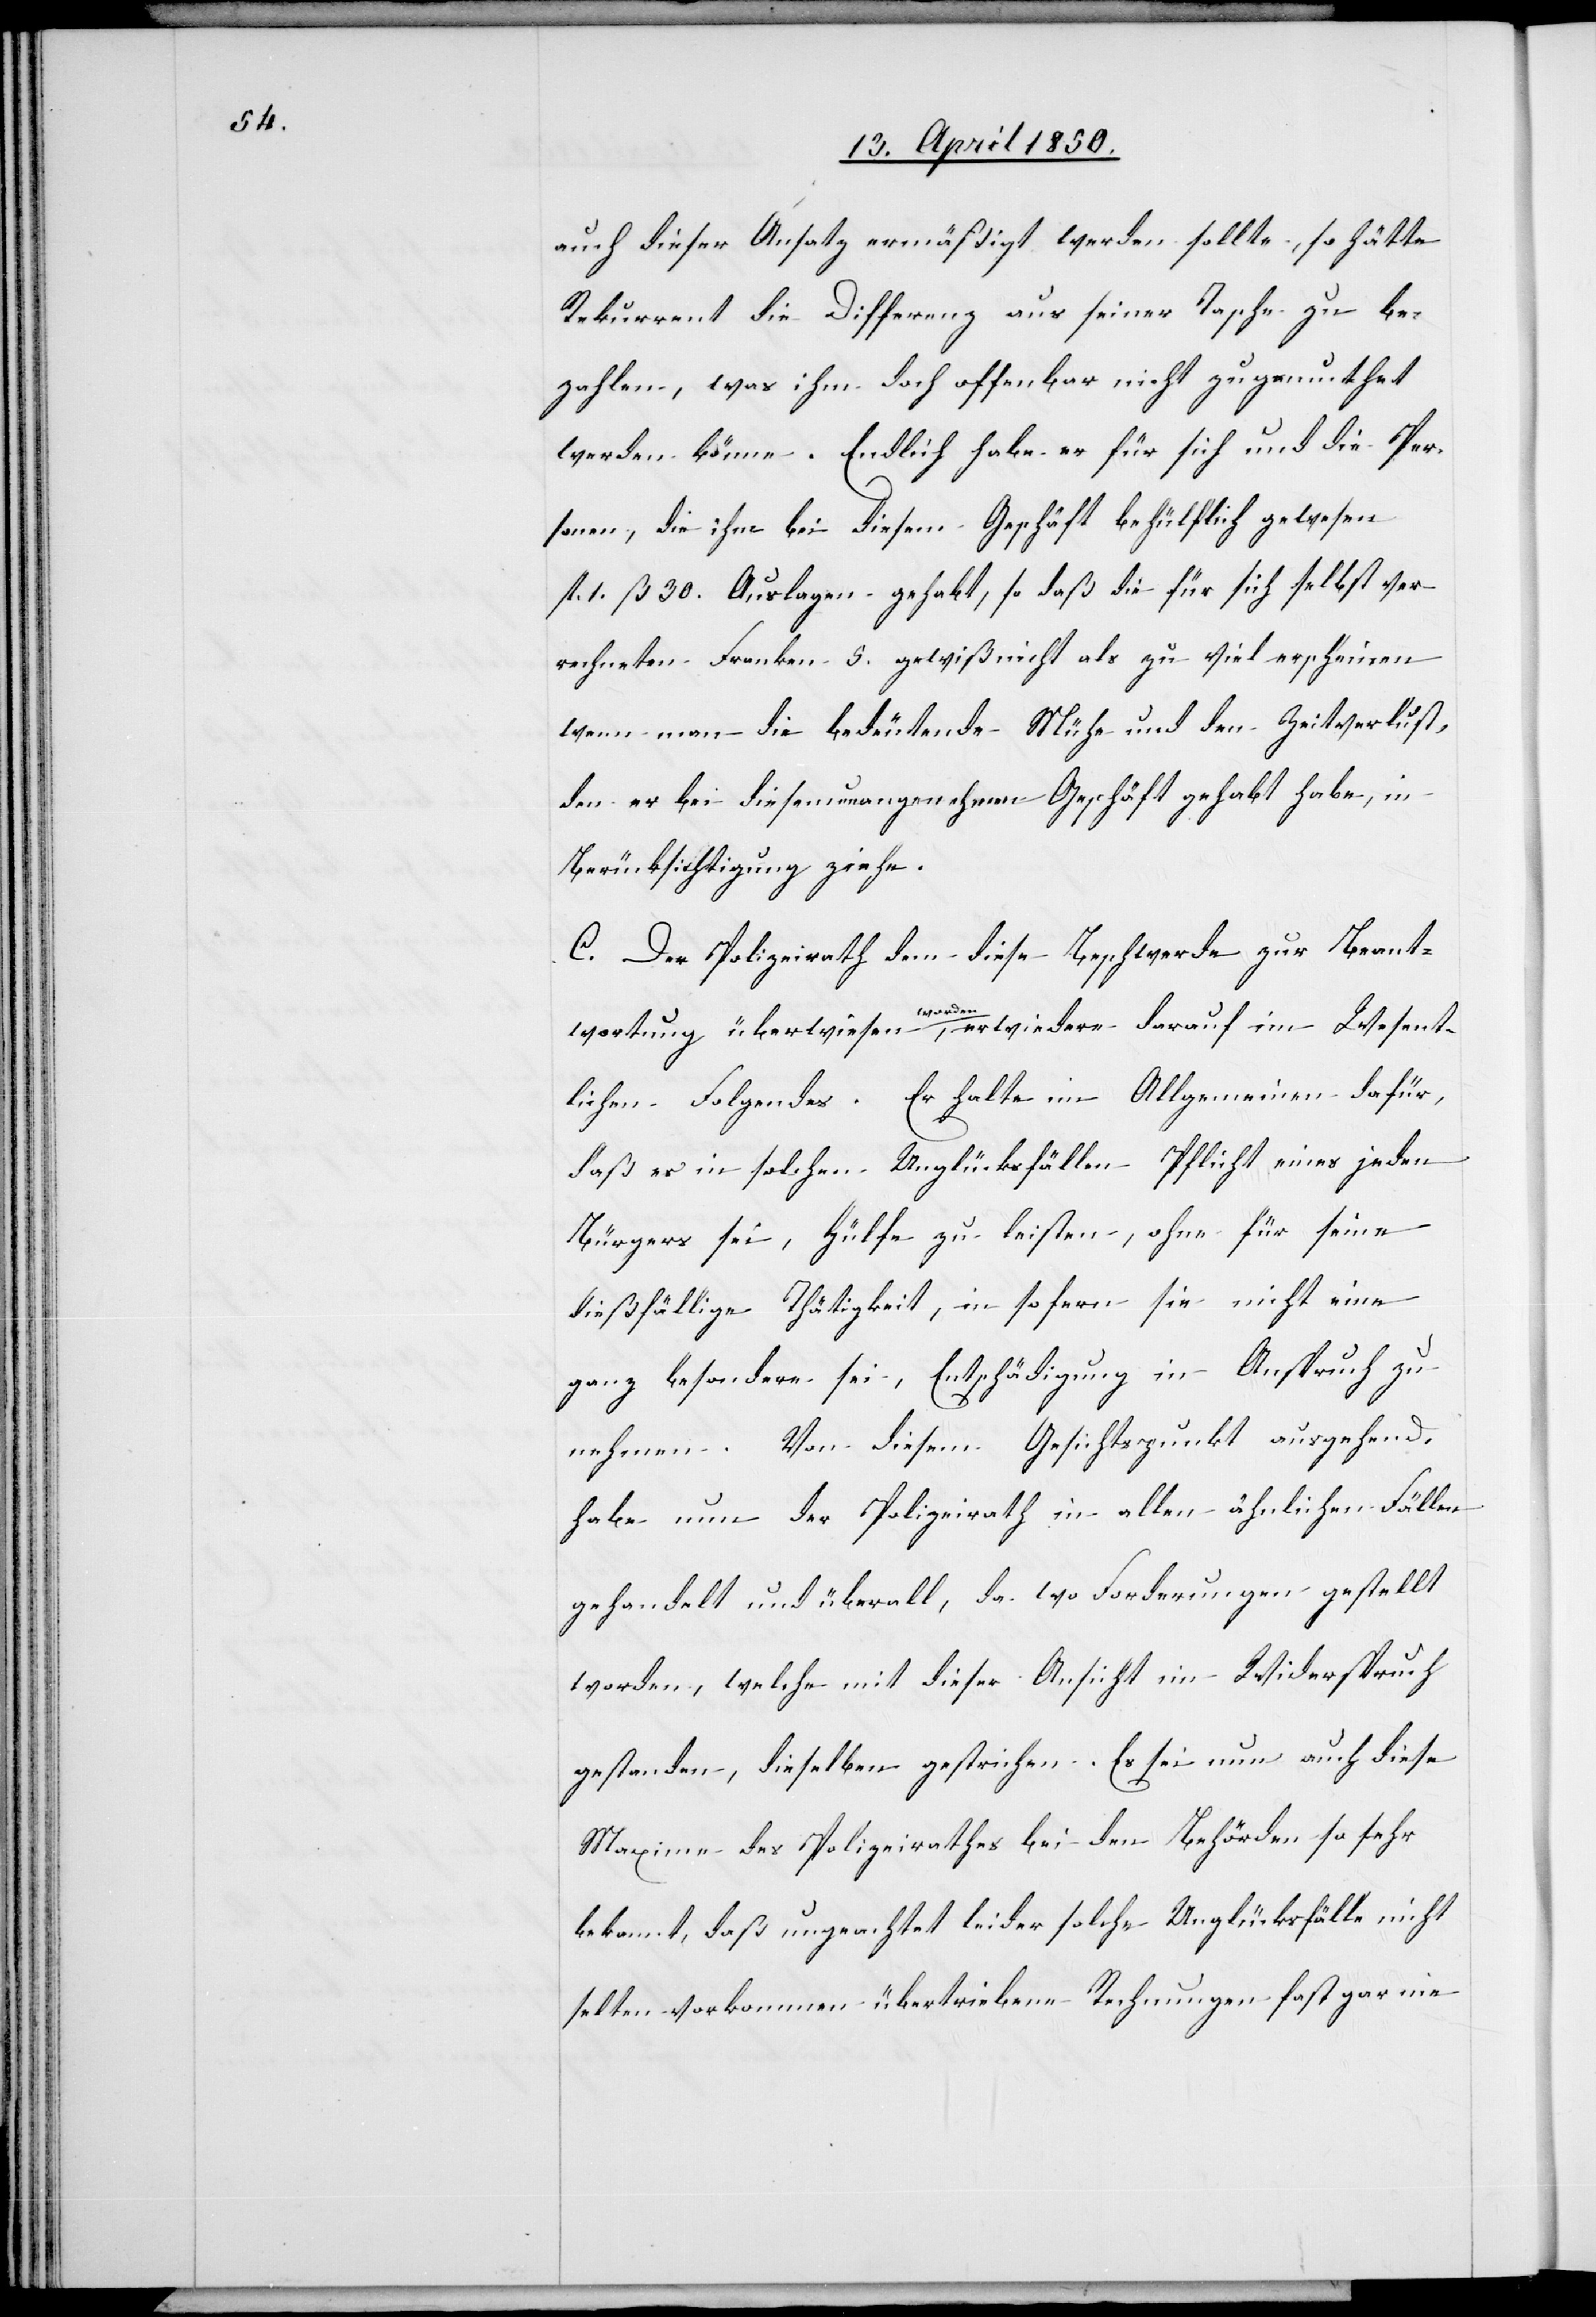
auch dieser Ansatz ermäßigt werden sollte, so hätte
Rekurrent die Differenz aus seiner Tasche zu be¬
zahlen, was ihm doch offenbar nicht zugemuthet
werden könne. Endlich habe er für sich und die Per¬
sonen, die ihm bei diesem Geschäft behülflich gewesen
fl. 1. ß 30. Auslagen gehabt, so daß die für sich selbst ver¬
rechneten Franken 5. gewiß nicht als zu viel erscheinen
wenn man die bedeutende Mühe und den Zeitverlust,
den er bei diesem unangenehmen Geschäft gehabt habe, in
Berücksichtigung ziehe.
C. Der Polizeirath dem diese Beschwerde zur Beant¬
wortung überwiesen worden, erwiedere darauf im Wesent¬
lichen Folgendes. Er halte im Allgemeinen dafür,
daß es in solchen Unglücksfällen Pflicht eines jeden
Bürgers sei, Hülfe zu leisten, ohne für seine
dießfällige Thätigkeit, in sofern sie nicht eine
ganz besondere sei, Entschädigung in Anspruch zu
nehmen. Von diesem Gesichtspunkt ausgehend,
habe nun der Polizeirath in allen ähnlichen Fällen
gehandelt und überall, da wo Forderungen gestellt
worden, welche mit dieser Ansicht in Widerspruch
gestanden, dieselben gestrichen. Es sei nun auch diese
Maxime des Polizeirathes bei den Behörden so sehr
bekannt, daß ungeachtet leider solche Unglücksfälle nicht
selten vorkommen übertriebene Rechnungen fast gar nie